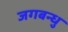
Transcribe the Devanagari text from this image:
जगबन्धु